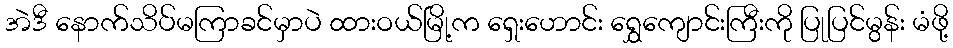
အဲဒီ နောက်သိပ်မကြာခင်မှာပဲ ထားဝယ်မြို့က ရှေးဟောင်း ရွှေကျောင်းကြီးကို ပြုပြင်မွန်း မံဖို့